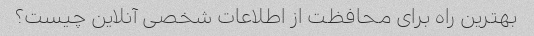
بهترین راه برای محافظت از اطلاعات شخصی آنلاین چیست؟